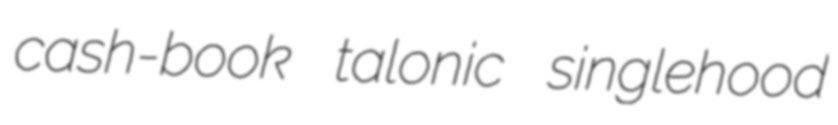
cash-book talonic singlehood